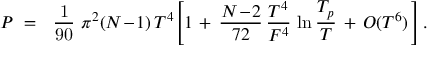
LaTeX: P \ = \ \mathrm { ~ \frac { 1 } { 9 0 } ~ } { \pi } ^ { 2 } ( N \! - \! 1 ) \, T ^ { 4 } \Bigg [ 1 \, + \, \frac { N \! - \! 2 } { 7 2 } \, \frac { T ^ { 4 } } { F ^ { 4 } } \, \ln { \frac { T _ { p } } { T } } \, + \, { \cal O } ( T ^ { 6 } ) \, \Bigg ] \, .